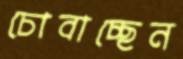
চোবাচ্ছেন